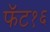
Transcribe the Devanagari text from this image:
फॅट१६